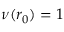
\nu ( r _ { 0 } ) = 1